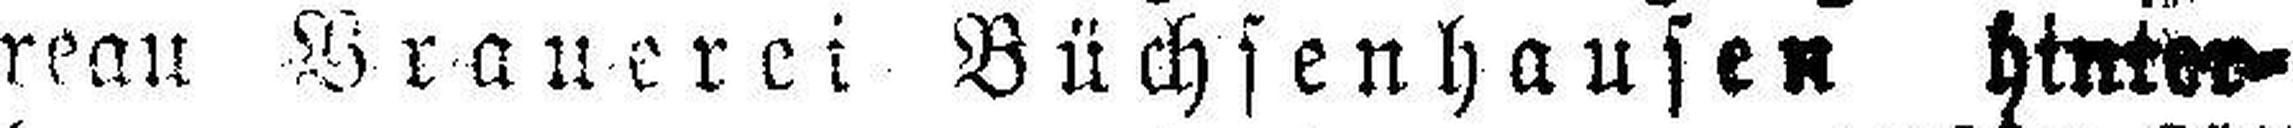
reau Brauerei Büchsenhausen hinter¬